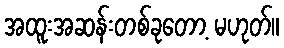
အထူးအဆန်းတစ်ခုတော့ မဟုတ်။